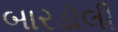
બારડૉલી